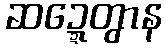
ဆဍ္ဍေတွာန